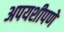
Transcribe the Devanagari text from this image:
अपयशीपणे